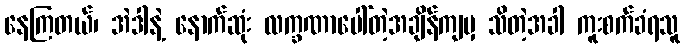
နေကြတယ်၊ အဲဒါနဲ့ နောက်ဆုံး လက္ခဏာပေါ်တဲ့အချိန်ကျမှ သိတဲ့အခါ ကူးစက်ခံရသူ